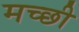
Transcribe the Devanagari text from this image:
मच्छी